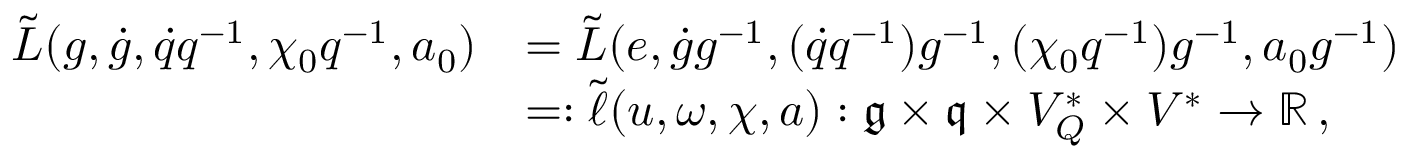
\begin{array} { r l } { \tilde { L } ( g , \dot { g } , \dot { q } q ^ { - 1 } , \chi _ { 0 } q ^ { - 1 } , a _ { 0 } ) } & { = \tilde { L } ( e , \dot { g } g ^ { - 1 } , ( \dot { q } q ^ { - 1 } ) g ^ { - 1 } , ( \chi _ { 0 } q ^ { - 1 } ) g ^ { - 1 } , a _ { 0 } g ^ { - 1 } ) } \\ & { = : \tilde { \ell } ( u , \omega , \chi , a ) : \mathfrak { g } \times \mathfrak { q } \times V _ { Q } ^ { * } \times V ^ { * } \rightarrow \mathbb { R } \, , } \end{array}